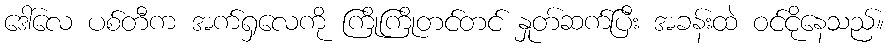
ဒေါ်လေ ပစ်တီက အက်ရှလေကို ကြိုကြိုတင်တင် နှုတ်ဆက်ပြီး အခန်းထဲ ဝင်ငိုနေသည်။